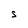
Character: S